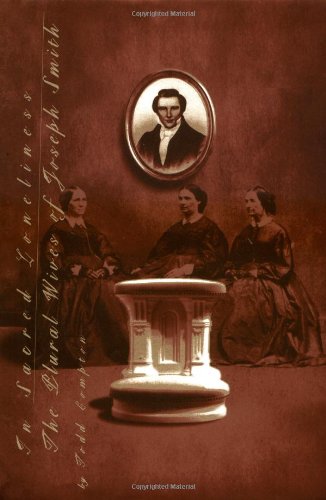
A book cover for In Sacred Loneliness: The Plural Wives of Joseph Smith; Todd M. Compton; Christian Books & Bibles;